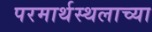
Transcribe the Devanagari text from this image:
परमार्थस्थलाच्या